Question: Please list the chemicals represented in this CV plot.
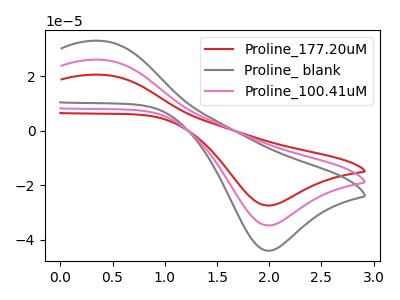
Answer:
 <answer>The red curve is labeled "Proline_177.20uM". The gray curve is labeled "Proline_ blank". The pink curve is labeled "Proline_100.41uM".</answer>
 <eval></eval>